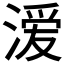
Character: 𭱵